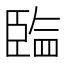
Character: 𰯲